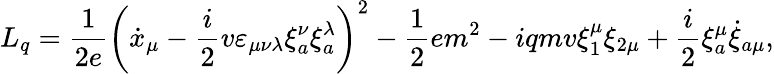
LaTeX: L_{q}=\frac{1}{2e}\left(\dot{x}_{\mu}-\frac{i}{2}v\varepsilon_{\mu\nu\lambda}\xi_{a}^{\nu}\xi_{a}^{\lambda}\right)^{2}-\frac{1}{2}em^{2}-iqmv\xi_{1}^{\mu}\xi_{2\mu}+\frac{i}{2}\xi_{a}^{\mu}\dot{\xi}_{a\mu},